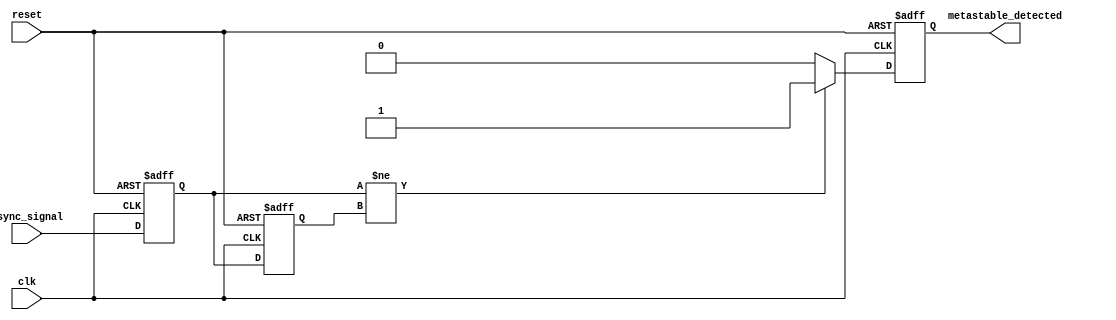
module metastability_detector (
    input wire clk,               // Clock signal
    input wire reset,             // Reset signal
    input wire async_signal,      // Asynchronous input signal
    output reg metastable_detected // Output indication of metastability
);

    // Latch-based sampling
    reg async_latch1;             // First latch
    reg async_latch2;             // Second latch

    // Memory block to store the state of the latches
    reg [1:0] memory_block;       // 2-bit memory to hold latch states

    // Metastability detection logic
    always @(posedge clk or posedge reset) begin
        if (reset) begin
            async_latch1 <= 1'b0;
            async_latch2 <= 1'b0;
            memory_block <= 2'b00;
            metastable_detected <= 1'b0;
        end else begin
            // Sample the asynchronous signal
            async_latch1 <= async_signal; // Capture input signal
            async_latch2 <= async_latch1;  // Capture the output of the first latch

            // Store the latch states in the memory block
            memory_block <= {async_latch2, async_latch1};

            // Metastability detection logic
            // Check if the two latches are different (indicating a potential metastable state)
            if (async_latch1 != async_latch2) begin
                metastable_detected <= 1'b1; // Metastability detected
            end else begin
                metastable_detected <= 1'b0; // No metastability
            end
        end
    end

endmodule